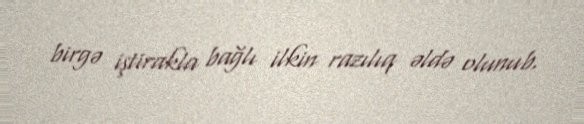
birgə iştirakla bağlı ilkin razılıq əldə olunub.